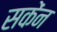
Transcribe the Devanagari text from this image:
सकेंन